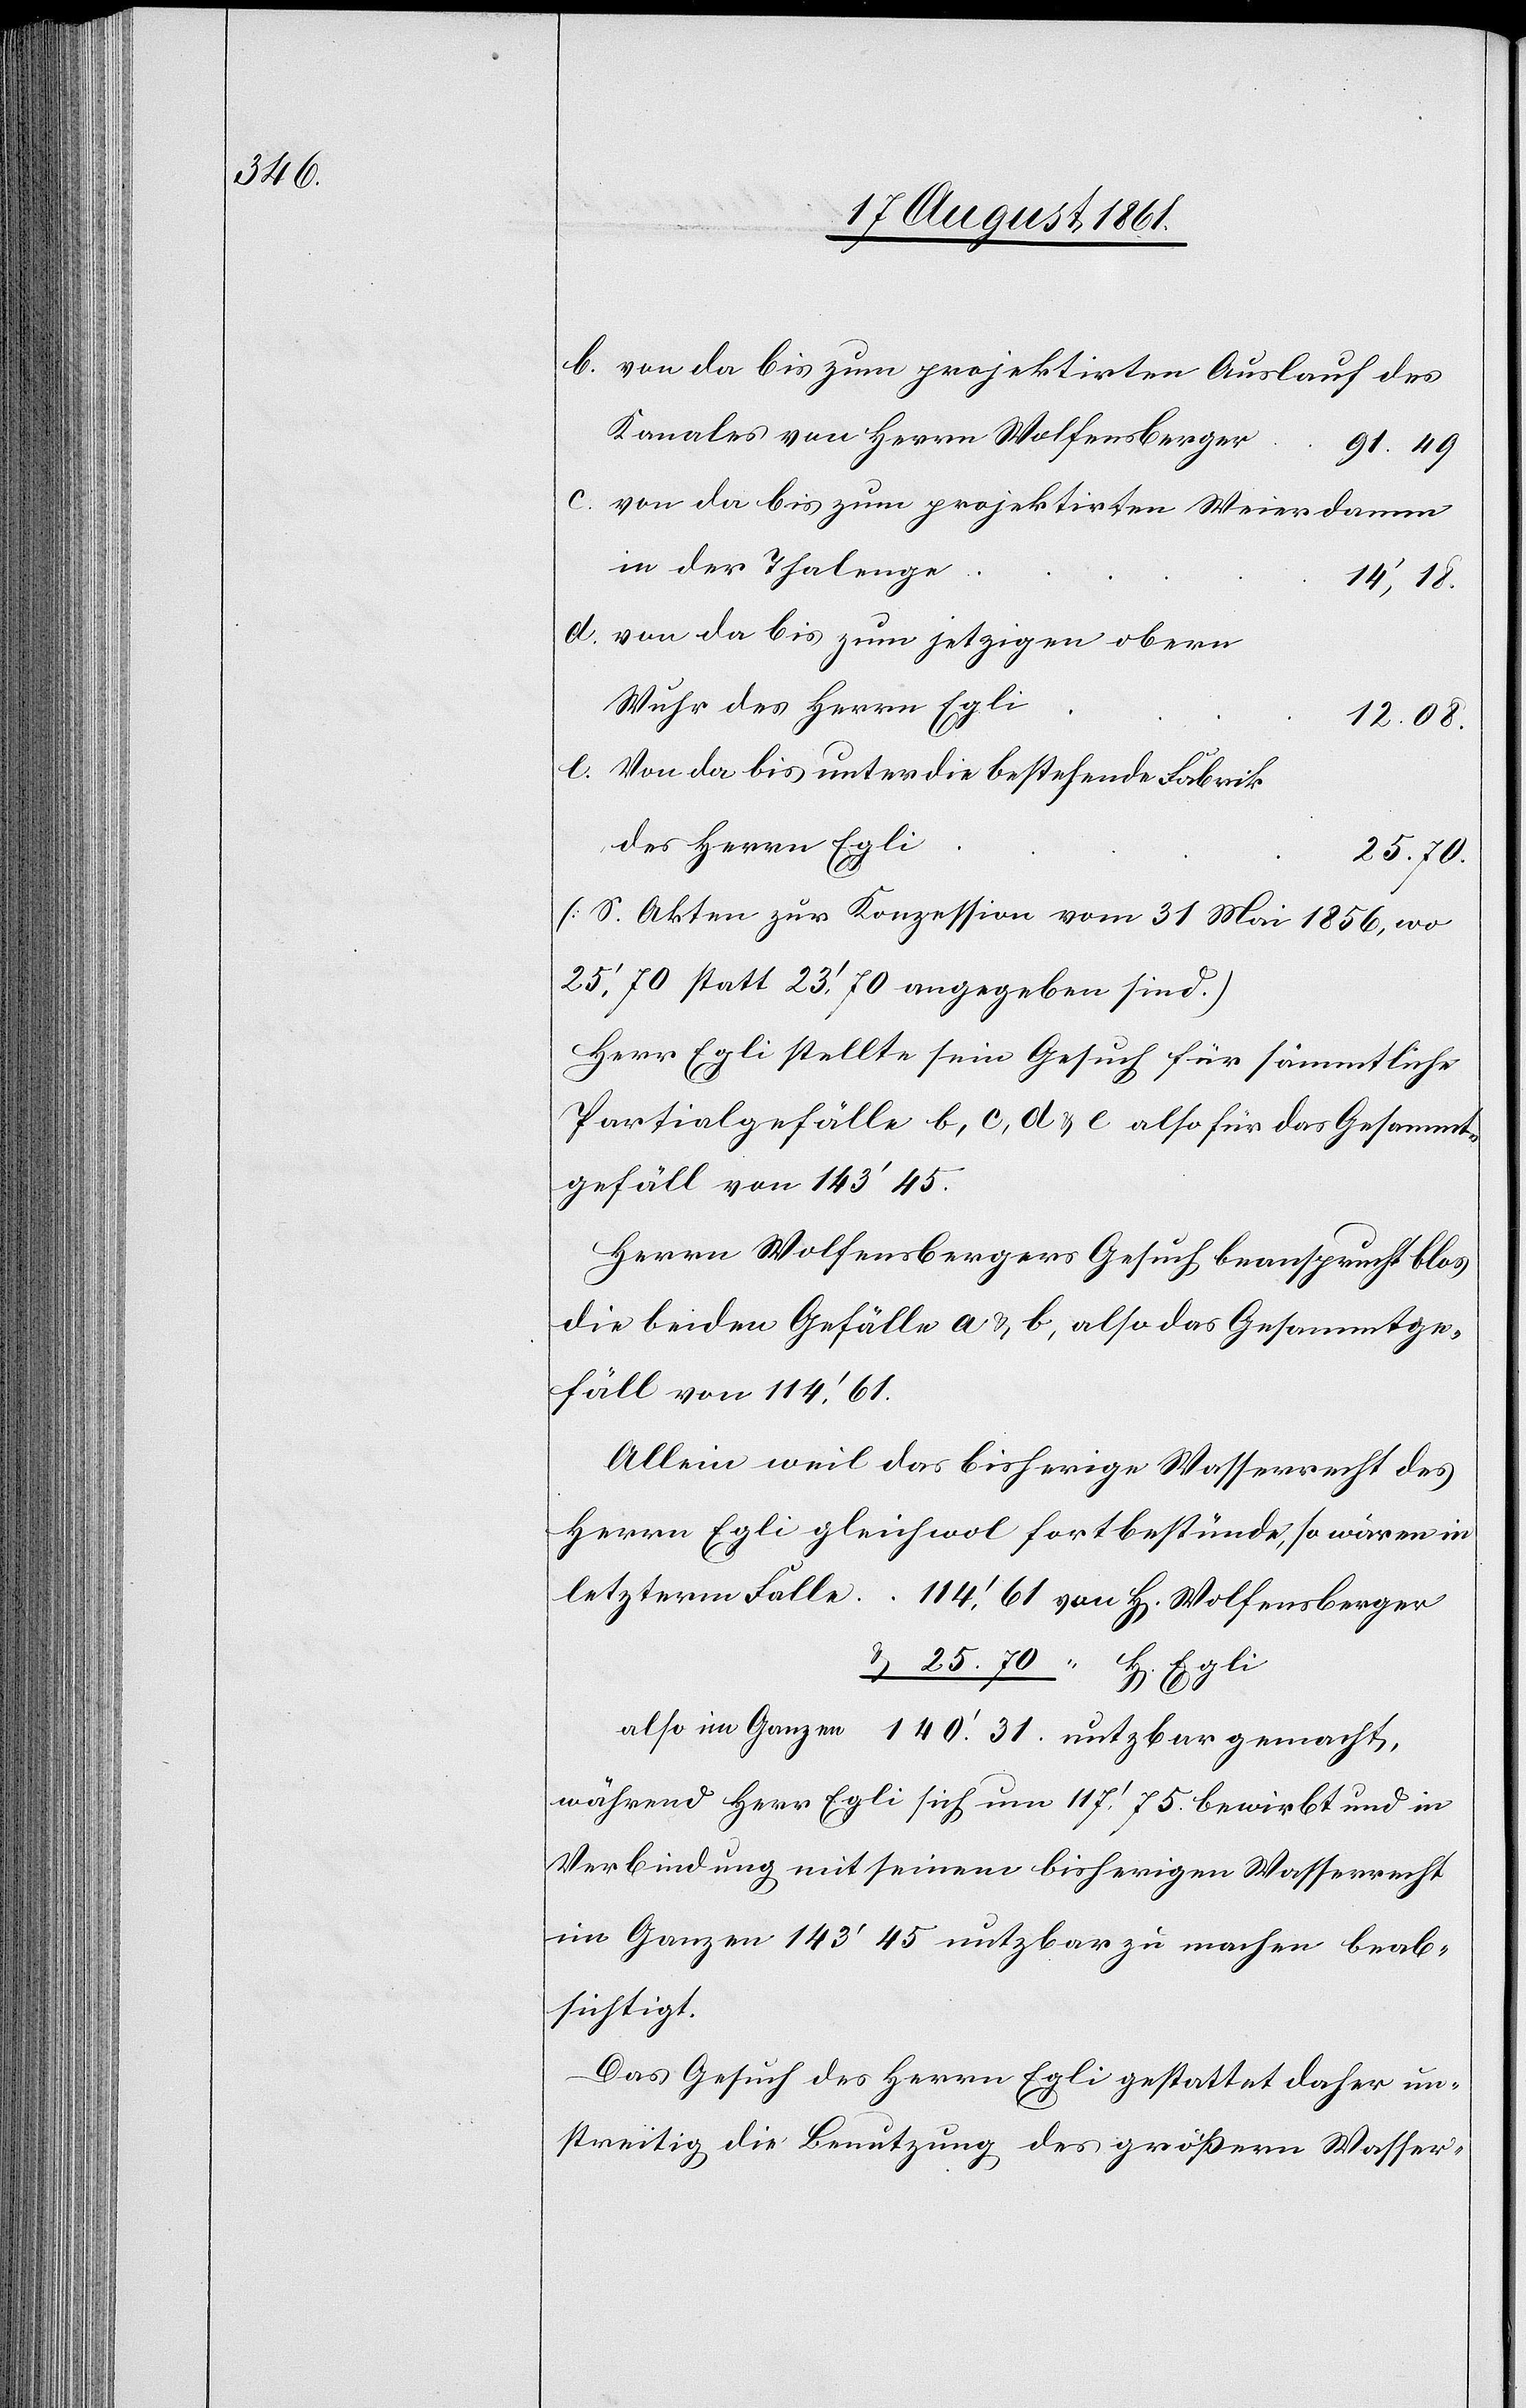
b. von da bis zum projektirten Auslauf des
Kanales von Herrn Wolfensberge¬
r	91’,49.
c. von da bis zum projektirten Weierdamme
in der Thaleng¬
u.
i				12.08.
d. von da bis zum jetzigen obern
Wuhr des Herrn Egl¬
e. Von da bis unter die bestehende Fabrik
des Herrn Egl¬
25.70
[S. Akten zur Konzession vom 31 Mai 1856, wo
25’70 statt 23’70 angegeben sind.]
Herr Egli stellte sein Gesuch für sämmtliche
Partialgefälle b, c, d u. e also für das Gesammt¬
gefäll von 143’45.
Herrn Wolfensbergers Gesuch beansprucht blos
die beiden Gefälle a u. b, also das Gesammtge¬
fäll von 114’61.
Allein weil das bisherige Wasserrecht des
Herrn Egli gleichwol fortbestünde, so wären in
letzterm Falle. 	114’61 von H[errn] Wolfensberger
also im Ganzen 140’31. nutzbar gemacht,
während Herr Egli sich um 117’75 bewirbt und in
Verbindung mit seinem bisherigen Wasserrecht
im Ganzen 143’45 nutzbar zu machen beab¬
sichtigt.
Das Gesuch des Herrn Egli gestattet daher un¬
streitig die Benutzung der größern Wasser-